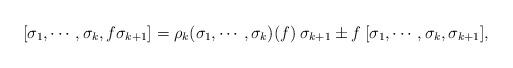
LaTeX: \begin{align*}[\sigma_{1}, \cdots,\sigma_{k}, f \sigma_{k+1} ] = \rho_{k}(\sigma_{1}, \cdots , \sigma_{k})(f) \: \sigma_{k+1} \pm f\: [\sigma_{1}, \cdots , \sigma_{k}, \sigma_{k+1}],\end{align*}